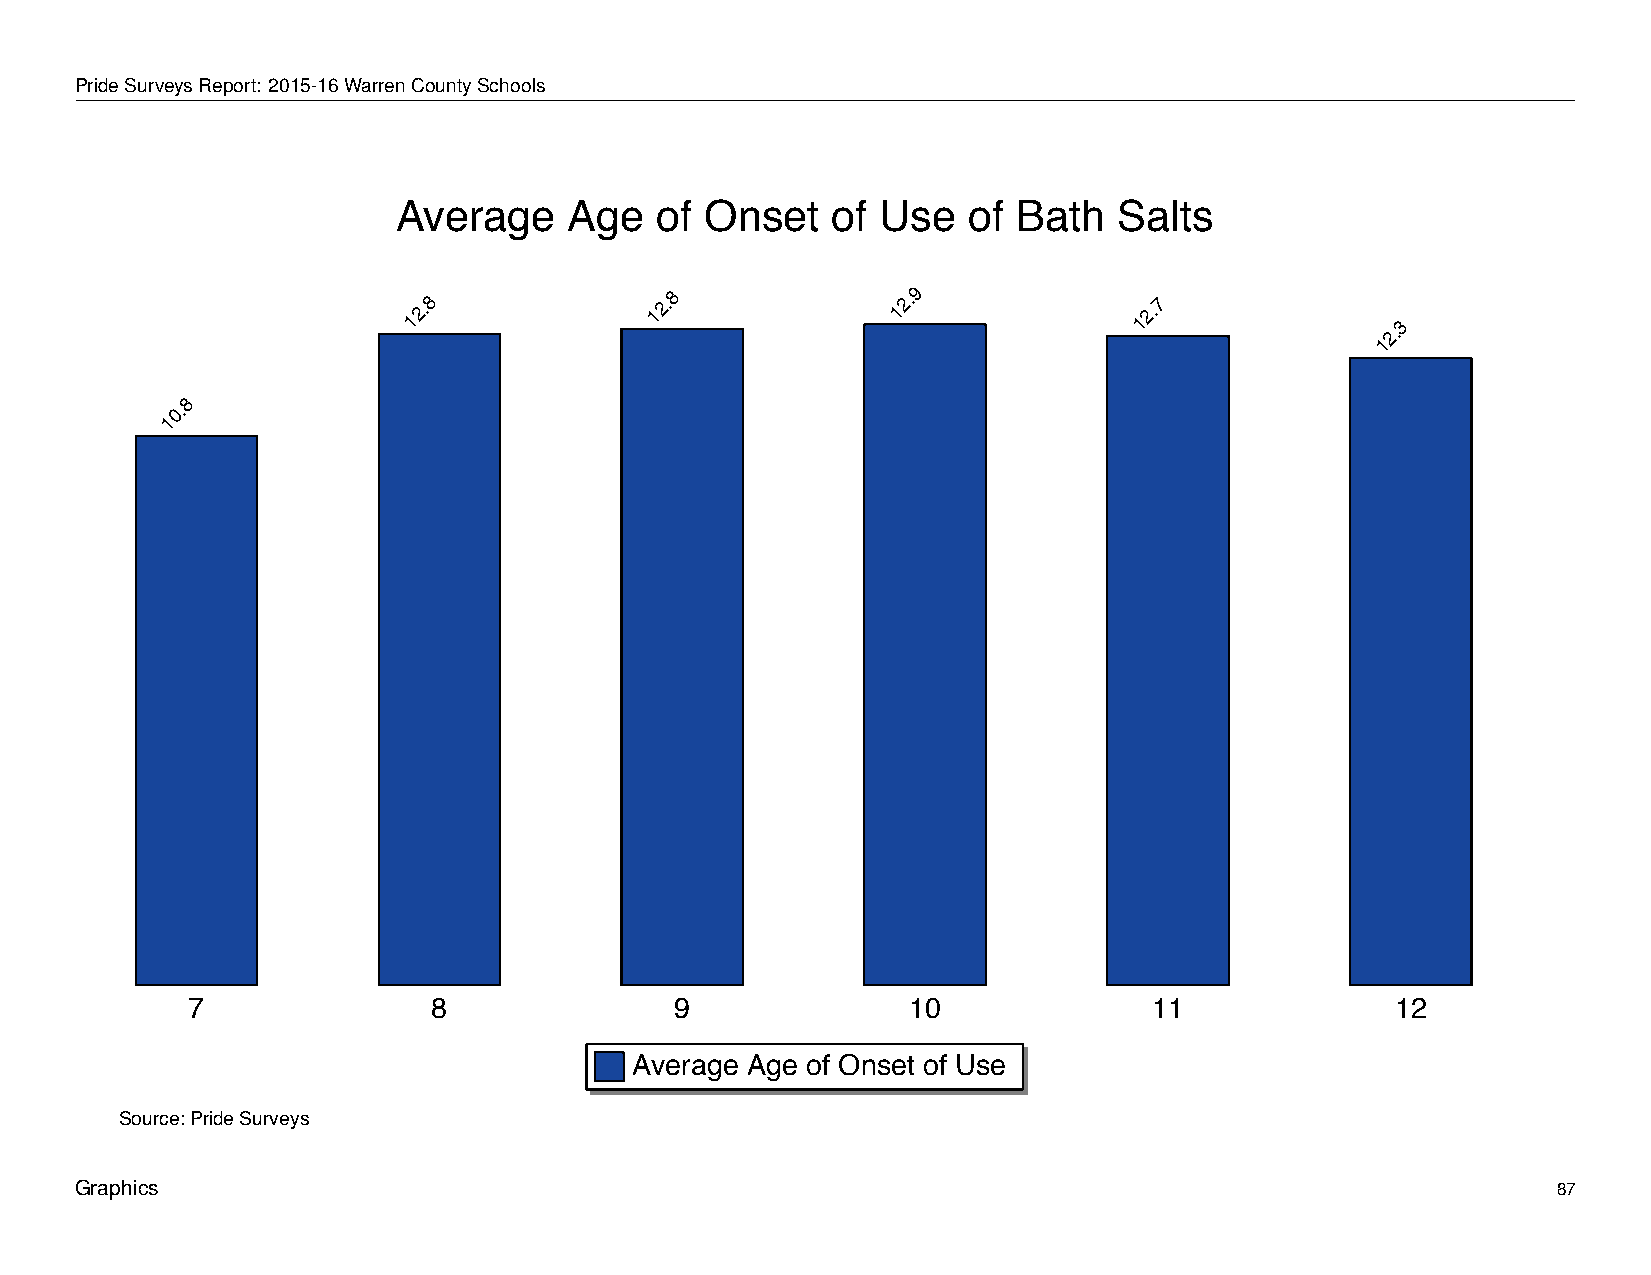
Average           Age       of   Onset        of   Use      of   Bath       Salts
 PrideSurveysReport: 2015-16WarrenCountySchools
 Average     Age  of  Onset   of Use   of Bath   Salts
 12.8            12.8            12.9            12.7
 2.3
 1
 8
 0.
 1
 7                8               9              10              11              12
 Average Age of Onset of Use
 Source: Pride Surveys
 Graphics                                                                                          87